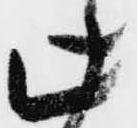
此